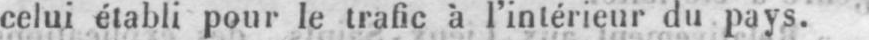
celui établi pour le trafic à l’intérieur du pays.